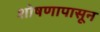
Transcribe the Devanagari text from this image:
शोषणापासून